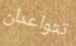
تتواعدان